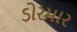
ડોરમાર